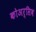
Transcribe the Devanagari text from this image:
कोअर्सिव